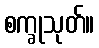
စက္ခုသုတ်။